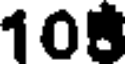
108